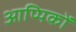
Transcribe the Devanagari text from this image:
आप्पिकों